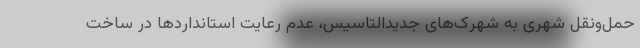
حمل‌ونقل شهری به شهرک‌های جدیدالتاسیس، عدم رعایت استانداردها در ساخت